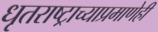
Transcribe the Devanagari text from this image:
धृतराष्ट्राच्याप्रमाणेही